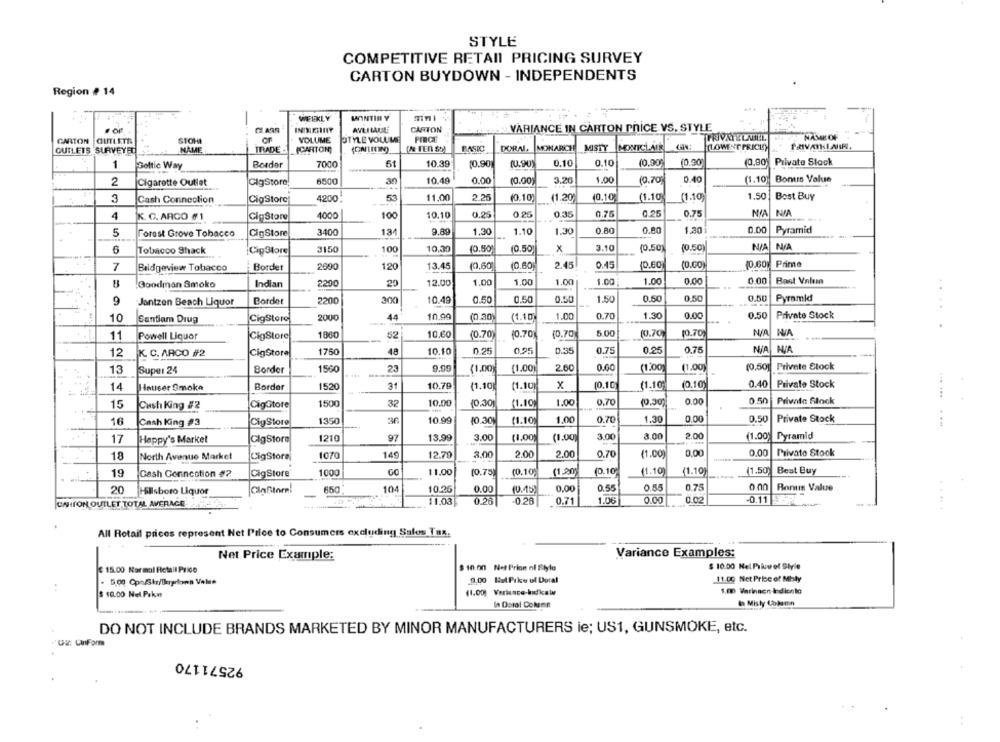
STYLE
COMPETITIVE RETAIL PRICING SURVEY
CARTON BUYDOWN - INDEPENDENTS
Region # 14
WEEKLY
MANTIN Y
VARIANCE IN CARTON POICE VS. STYLE
AVLILAULE
CARTON
GARTON
OUTLETS
STOHA
VOLUME
PIECE
PRIVATELANEL
NAME OF
OUTLETS SURVEYED
NAME
TRADE-
(CARTON,
BASIC!
DORAL
MONARCH
MISTY
MONTCLAIR
(LOWESTPRICE
1
Border
7000
10.39
10.90
(0.90)
0.10
0.10
(0.90
(0.90
(0.90) Private Stock
Boltic Way
10.40
1.00
0.40
(1.10)
Bonus Value
2
Cigarette Outlet
ClgStore!
6500
30
0.00
(0.00)
3.20
(0.70
3
Cash Connection
CipStore
4200.
53
11.00
2.25
(0.10
(1.20
10.10
(1.10
(1.10
1.50
Best Buy
4
K. G. ARGO #1
ClpStore
4000
100
10.10
0.25
0.25
0.35
0.75
0.25
0.75
3400
9.89
1.30
1.10
1.30
0.80
0.00
1.30
0.00
Pyramid
5
Forest Grove Tobacco
CigStore
134
Tobacco Shack
Cip3tore
3150
100
10,30
10.50
10.50
x
3.10
(0.50
(0.50
N/A N/A
7
Bridgeview Tobacco
¡ Bordet
2690
120
13.45
(0.60
(0.60
2.45
0.45
(0,60
(0.00
10.60
Prime
Indian
2290
20
12.00
1.00
1.00
1.00
1.00
1.00
0.00
0.00
Best Value
Goodman Smoko
0.50
0.50
0.50
Pyramid
9
Jantzen Beach Liquor
Border
2200
300
10.49
0.50
0.50
0.50
1.50
10
Santiam Drug
CigStore
2000
44
10.00
(0.30
(1.10)
1.00
0.70
1.30
0.00
0.50
Private Stock
1860
10.60
(0.70)
10.70
(0.70
5.00
10.70
10.70
11
Powell Liquor
CigStore
52
0.25
0.35
0.25
12
K. C. ARCO #2
CigStorel
1750
48
10.10
0.25
0.75
0,75
13
Super 24
Border
1560
23
9.09
(1.00)
(1.00
2.60
0.00
(1,00
(1.00)
(0.50] Private Stock
Border
1520
31
10.79
(1.10
(1.10)
x
(0.10
(1.10
(0,10)
0.40
Private Stock
14
Hauser Smoke
10.00
0.70
0.00
0.50
Private Slock
15
Cash King #2
Cigütore
1500
32
10.30
(1.10
1.00
16
Cash King #3
CigStore
1350
36
10.99
10.30
(1.10)
1.00
0.70
1.30
0,00
0.50
Private Stock
1210
97
13,99
3.00
(1.00
(1.00)
3.00
3.00
2.00
(1.00)
Pyramid
17
Happy's Market
GlgStore
3.00
2.00
2.00
0.70
0,00
0,00
Privato Stock
18
North Avenue Market
CigStore
1070
149
12.79
(1.00)
19
Cash Conncotion #2
CigStore
1000
11,00
(0.75)
(0.10)
(0.10
(1.10)
(1.10)
(1.50) Best Buy
20
650
104
10.25
0.00
10.15
0.00
0.55
0.55
0.75
Boris Value
Hillsboro Liquor
CAHITON OUTLET TOTAL AVERAGE
11,03
0.26
-0.20
0.71
1.06
0.00
0.02
-0.11 378
.....
All Retail prices represent Net Price to Consumers excluding Sales Tax.
Net Price Example:
Variance Examples:
$ 15.00 Normal Retail Price
$ 10.00 Net Prion of Style
$ 10.00 Nel Prku ol Style
9.00 But Prke of Doral
11.00 Net Price of Mbly
..
$ 10.00 Nel. Pak
(1,00
1.00 Varinaen-Indicato
In Dotal Column
I Misty Column
DO NOT INCLUDE BRANDS MARKETED BY MINOR MANUFACTURERS ie; US1, GUNSMOKE, etc.
"C: CInForm
92571170